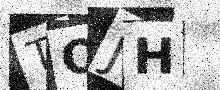
Text: TOJH